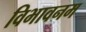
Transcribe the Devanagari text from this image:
विभावनम